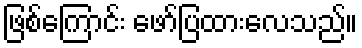
ဖြစ်ကြောင်း ဖော်ပြထားလေသည်။